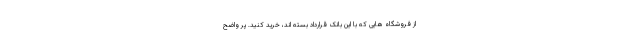
از فروشگاه هایی که با این بانک قرارداد بسته اند، خرید کنید. پر واضح